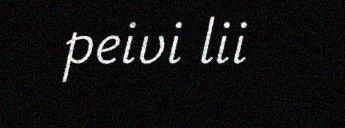
peivi lii